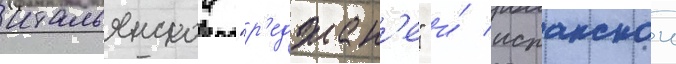
итальянскои "р'еджан'е" и́ испанскои